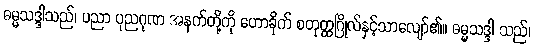
ဓမ္မသဒ္ဒါသည်၊ ပညာ ပုညဂုဏ အနက်တို့ကို ဟောခိုက် စတုတ္ထဂြိုလ်နှင့်သာလျော်၏။ ဓမ္မသဒ္ဒါ သည်၊